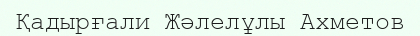
Қадырғали Жәлелұлы Ахметов